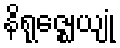
နိရုဇ္ဈေယျုံ